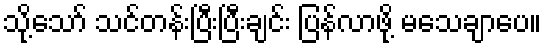
သို့သော် သင်တန်းပြီးပြီးချင်း ပြန်လာဖို့ မသေချာပေ။